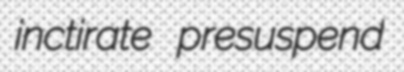
inctirate presuspend